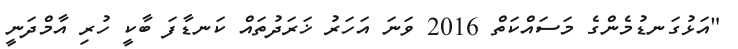
"އަޅުގަނޑުމެންގެ މަސައްކަތް 2016 ވަނަ އަހަރު ޚަރަދުތައް ކަނޑާފަ ބާކީ ހުރި އާމްދަނީ